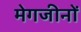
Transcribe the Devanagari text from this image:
मेगजीनों